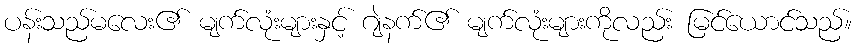
ပန်းသည်မလေး၏ မျက်လုံးများနှင့် ဂျဲနက်၏ မျက်လုံးများကိုလည်း မြင်ယောင်သည်။